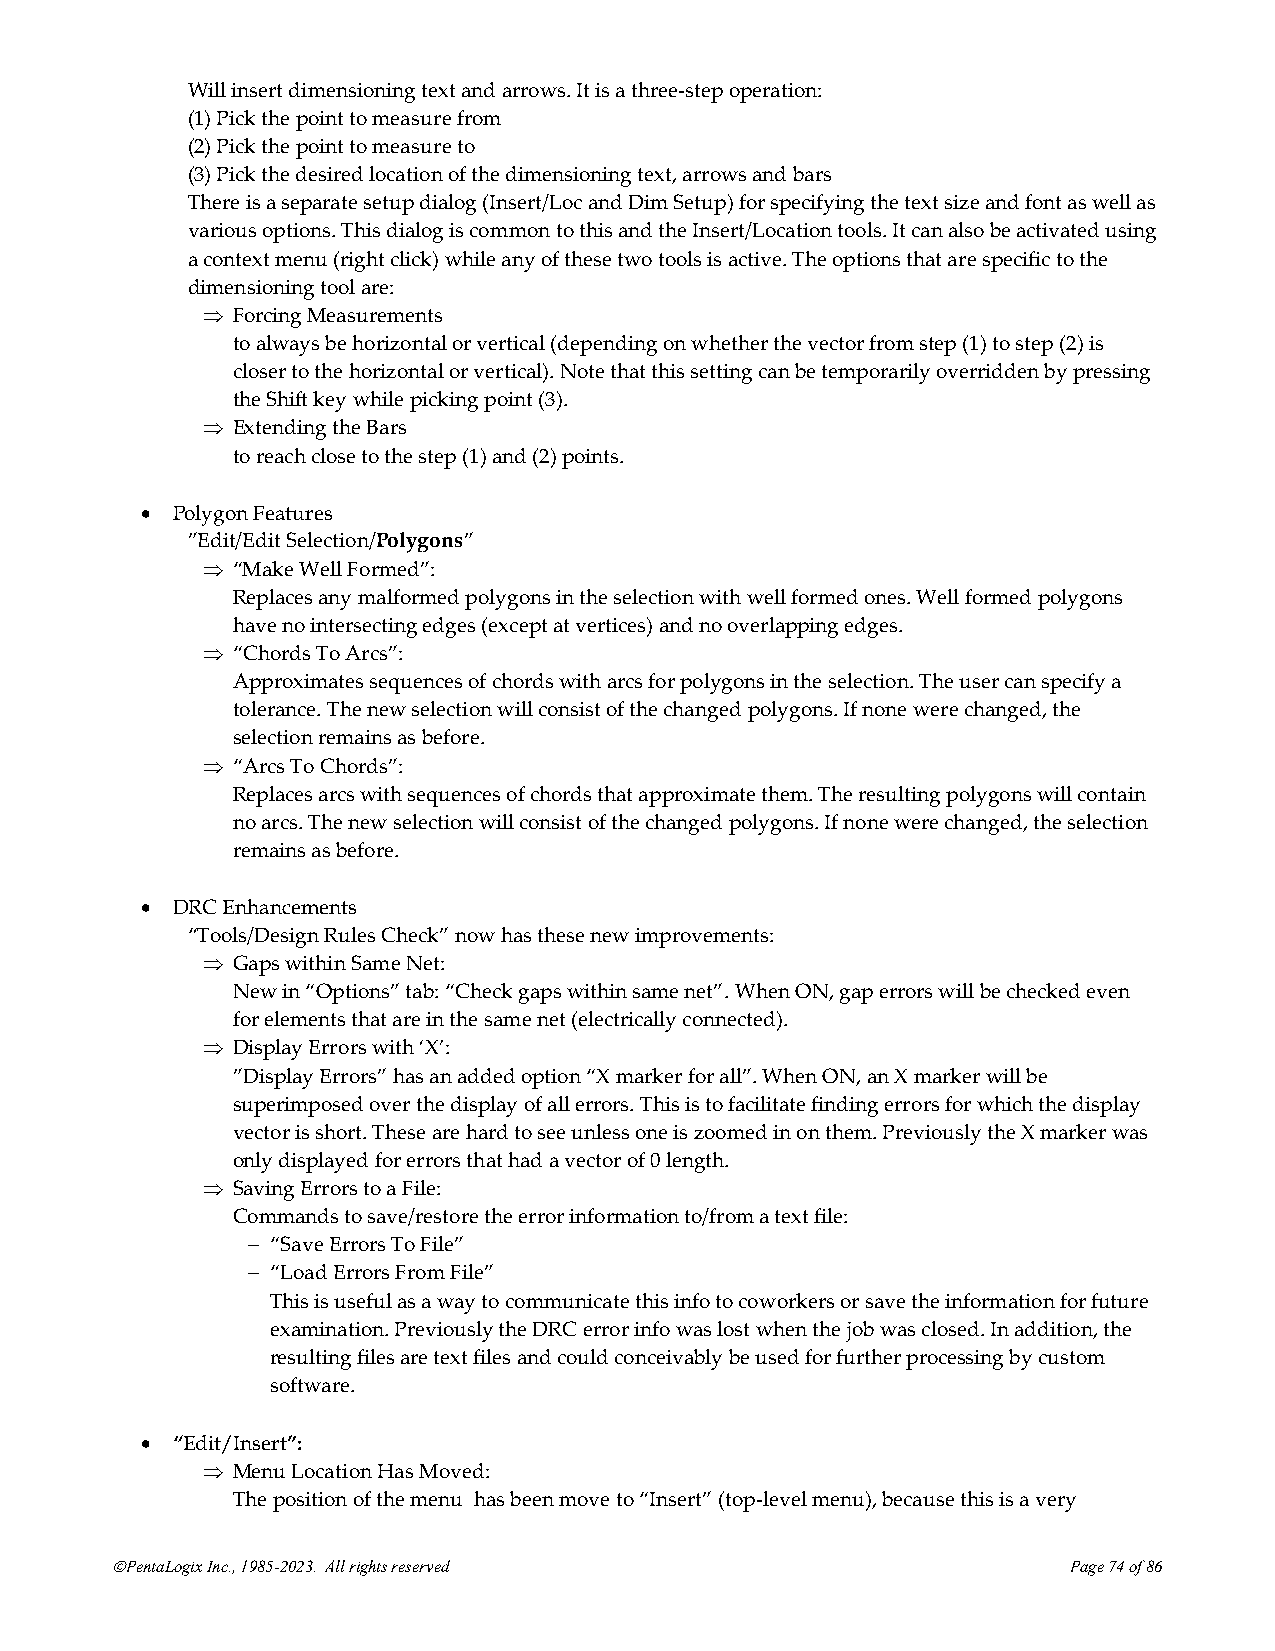
Will insert dimensioning text and arrows. It is a three-step operation:
 (1) Pick the point to measure from
 (2) Pick the point to measure to
 (3) Pick the desired location of the dimensioning text, arrows and bars
 There is a separate setup dialog (Insert/Loc and Dim Setup) for specifying the text size and font as well as
 various options. This dialog is common to this and the Insert/Location tools. It can also be activated using
 a context menu (right click) while any of these two tools is active. The options that are specific to the
 dimensioning tool are:
  Forcing Measurements
 to always be horizontal or vertical (depending on whether the vector from step (1) to step (2) is
 closer to the horizontal or vertical). Note that this setting can be temporarily overridden by pressing
 the Shift key while picking point (3).
  Extending the Bars
 to reach close to the step (1) and (2) points.
 • Polygon Features
 ”Edit/Edit Selection/Polygons”
  “Make Well Formed”:
 Replaces any malformed polygons in the selection with well formed ones. Well formed polygons
 have no intersecting edges (except at vertices) and no overlapping edges.
  “Chords To Arcs”:
 Approximates sequences of chords with arcs for polygons in the selection. The user can specify a
 tolerance. The new selection will consist of the changed polygons. If none were changed, the
 selection remains as before.
  “Arcs To Chords”:
 Replaces arcs with sequences of chords that approximate them. The resulting polygons will contain
 no arcs. The new selection will consist of the changed polygons. If none were changed, the selection
 remains as before.
 • DRC Enhancements
 “Tools/Design Rules Check” now has these new improvements:
  Gaps within Same Net:
 New in “Options” tab: “Check gaps within same net”. When ON, gap errors will be checked even
 for elements that are in the same net (electrically connected).
  Display Errors with ‘X’:
 ”Display Errors” has an added option “X marker for all”. When ON, an X marker will be
 superimposed over the display of all errors. This is to facilitate finding errors for which the display
 vector is short. These are hard to see unless one is zoomed in on them. Previously the X marker was
 only displayed for errors that had a vector of 0 length.
  Saving Errors to a File:
 Commands to save/restore the error information to/from a text file:
 − “Save Errors To File”
 − “Load Errors From File”
 This is useful as a way to communicate this info to coworkers or save the information for future
 examination. Previously the DRC error info was lost when the job was closed. In addition, the
 resulting files are text files and could conceivably be used for further processing by custom
 software.
 • “Edit/Insert”:
  Menu Location Has Moved:
 The position of the menu has been move to “Insert” (top-level menu), because this is a very
 ©PentaLogix Inc., 1985-2023. All rights reserved                Page 74 of 86